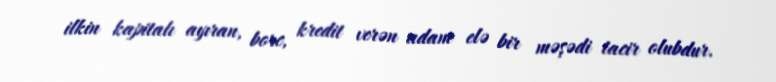
ilkin kapitalı ayıran, borc, kredit verən adam elə bir məşədi tacir olubdur.